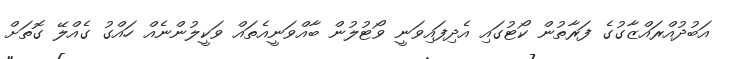
އަބުދުއްރައްޒާގުގެ ފަރާތުން ކޯޓުގައި އެދިފައިވަނީ ވޯޓުލުން ބާއްވަނީއެތައް ވަކީލުންނެއް ހައްގު ގެއްލޭ ގޮތަށް